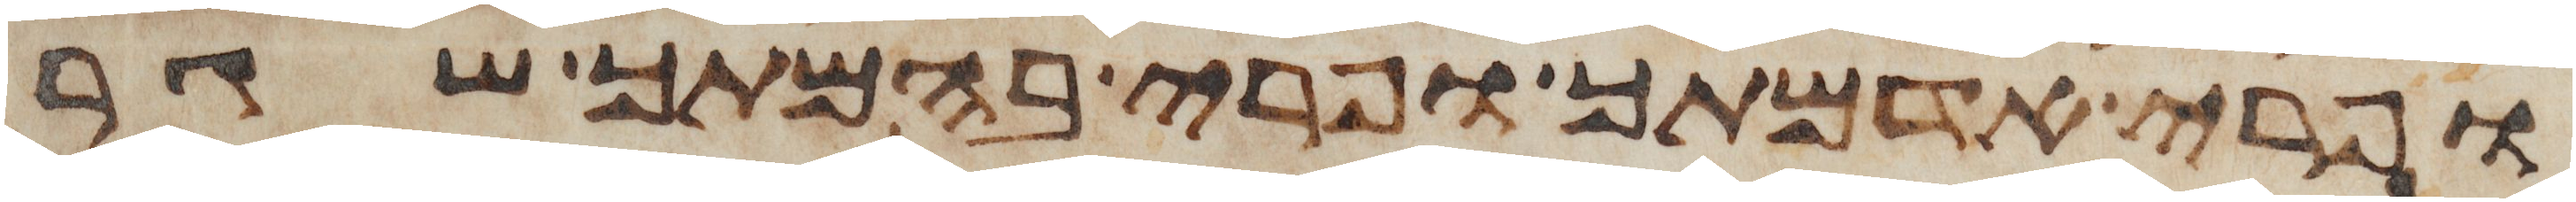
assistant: ופרי אדמתך ופרי בהמתך שגר